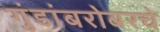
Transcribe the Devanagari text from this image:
गुंडांबरोबरचे